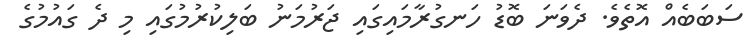
ސަބަބެއް އޮތެވެ. ދެވަނަ ބޮޑު ހަނގުރާމައިގައި ޖަރުމަނު ބަލިކުރުމުގައި މި ދެ ގައުމުގެ